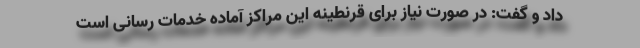
داد و گفت: در صورت نیاز برای قرنطینه این مراکز آماده خدمات رسانی است